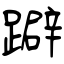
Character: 躃